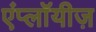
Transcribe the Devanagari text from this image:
एंप्लॉयीज़